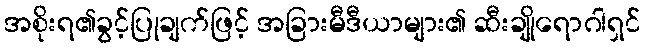
အစိုးရ၏ခွင့်ပြုချက်ဖြင့် အခြားမီဒီယာများ၏ ဆီးချိုရောဂါရှင်